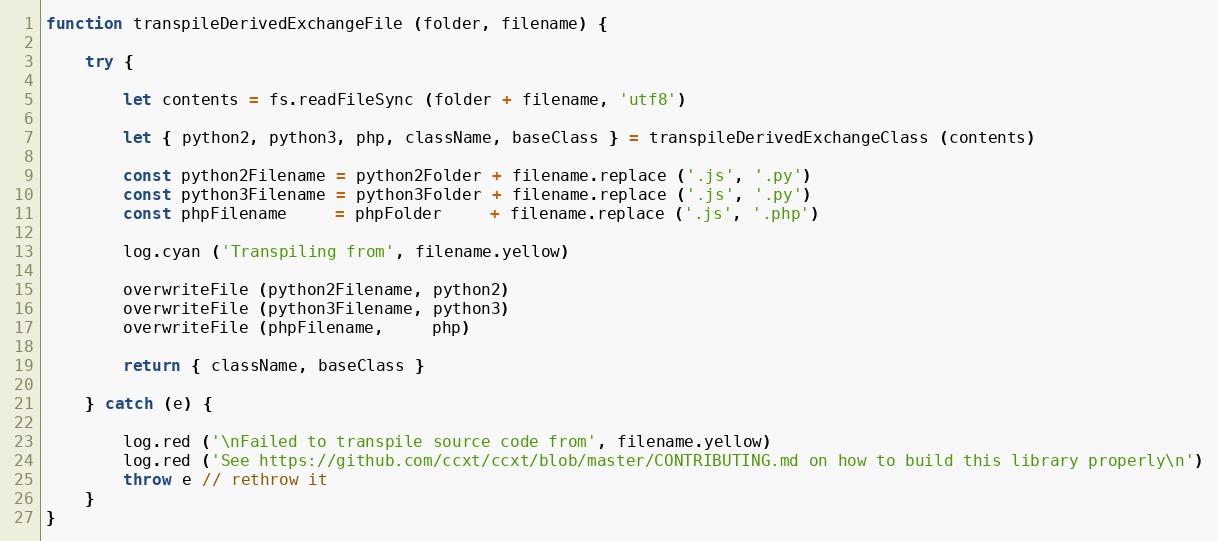
Language: JavaScript
function transpileDerivedExchangeFile (folder, filename) {

    try {

        let contents = fs.readFileSync (folder + filename, 'utf8')

        let { python2, python3, php, className, baseClass } = transpileDerivedExchangeClass (contents)

        const python2Filename = python2Folder + filename.replace ('.js', '.py')
        const python3Filename = python3Folder + filename.replace ('.js', '.py')
        const phpFilename     = phpFolder     + filename.replace ('.js', '.php')

        log.cyan ('Transpiling from', filename.yellow)

        overwriteFile (python2Filename, python2)
        overwriteFile (python3Filename, python3)
        overwriteFile (phpFilename,     php)

        return { className, baseClass }

    } catch (e) {

        log.red ('\nFailed to transpile source code from', filename.yellow)
        log.red ('See https://github.com/ccxt/ccxt/blob/master/CONTRIBUTING.md on how to build this library properly\n')
        throw e // rethrow it
    }
}